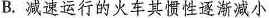
B.减速运行的火车其惯性逐渐减小